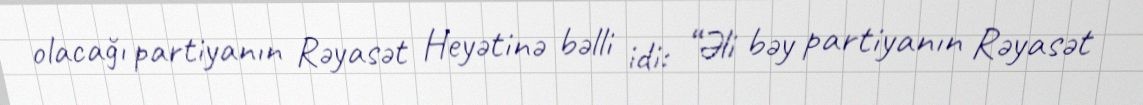
olacağı partiyanın Rəyasət Heyətinə bəlli idi: “Əli bəy partiyanın Rəyasət